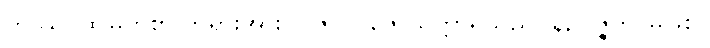
တဿ၊ ထိုမြတ်စွာ ဘုရားအား။ ပူဇာ၊ ပူဇော်သက္ကာရသည်။ နဥပ္ပဇ္ဇတိ၊ မဖြစ်။